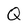
Character: Q